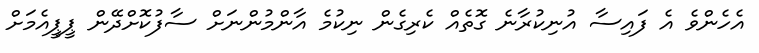
އެހެންވެ އެ ފައިސާ އުނިކުރާނެ ގޮތެއް ކެރިގެން ނިކުމެ އާންމުންނަށް ސާފުކޮށްދޭން ޕީޕީއެމަށް